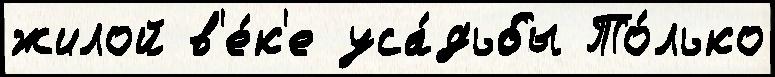
жилой в'е́к'е уса́дьбы То́лько